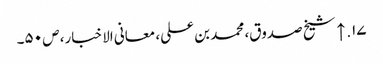
۱۷. ↑ شیخ صدوق، محمد بن علی، معانی الاخبار، ص ۵۰۔